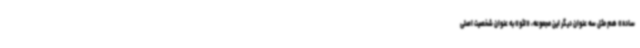
ساده» هم مثل سه عنوان دیگر این مجموعه، «لئو» به عنوان شخصیت اصلی